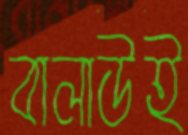
বালাউই